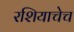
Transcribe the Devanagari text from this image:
रशियाचेच